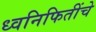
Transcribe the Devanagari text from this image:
ध्वनिफितींचे